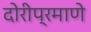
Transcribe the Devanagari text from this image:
दोरीप्रमाणे